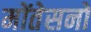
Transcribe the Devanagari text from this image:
मोंतेसनो